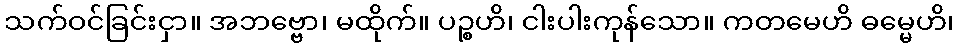
သက်ဝင်ခြင်းငှာ။ အဘဗ္ဗော၊ မထိုက်။ ပဉ္စဟိ၊ ငါးပါးကုန်သော။ ကတမေဟိ ဓမ္မေဟိ၊